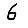
Digit: 6